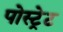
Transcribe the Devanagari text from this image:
पोस्ट्रेट